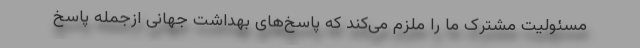
مسئولیت مشترک ما را ملزم می‌کند که پاسخ‌های بهداشت جهانی ازجمله پاسخ